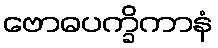
ဗောဓပက္ခိကာနံ